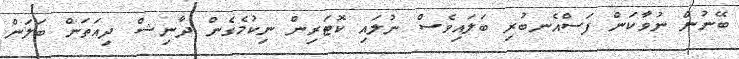
ބޭނުން ނުވާކަން ފަސްއެނބުރި ބަލައިވެސް ނުލައި ކޮޓަރިން ނިކުމެގެން ދާނިޝް ދިއަތަން ބަލަން